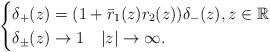
LaTeX: \begin{align*}\begin{cases}\delta_{+}(z) = (1+ \bar{r}_1(z) r_2(z)) \delta_{-}(z), z \in \mathbb{R} \\\delta_{\pm}(z) \rightarrow 1 \quad|z| \rightarrow \infty.\end{cases}\end{align*}